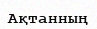
Ақтанның